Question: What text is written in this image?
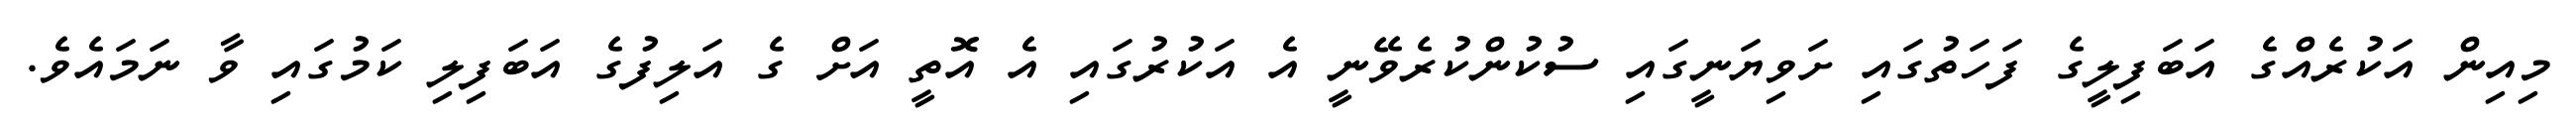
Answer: މިއިން އަކުރެއްގެ އަބަފިލީގެ ފަހަތުގައި ށަވިޔަނީގައި ސުކުންކުރެވޭނީ އެ އަކުރުގައި އެ އޮތީ އަށް ގެ އަލިފުގެ އަބަފިލި ކަމުގައި ވާ ނަމައެވެ.